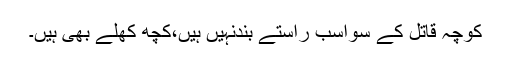
کوچہ قاتل کے سواسب راستے بندنہیں ہیں،کچھ کھلے بھی ہیں۔